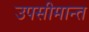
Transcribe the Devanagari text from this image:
उपसीमान्त